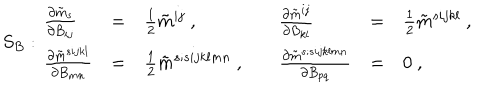
S _ { B } : \begin{array} { l l l l l l } { { \frac { \partial \tilde { m } _ { s } } { \partial B _ { i j } } } } & { { = } } & { { \frac { 1 } { 2 } \tilde { m } ^ { i j } \ , \quad } } & { { \frac { \partial \tilde { m } ^ { i j } } { \partial B _ { k l } } } } & { { = } } & { { \frac { 1 } { 2 } \tilde { m } ^ { s i j k l } \ , \quad } } \\ { { \frac { \partial \tilde { m } ^ { s i j k l } } { \partial B _ { m n } } } } & { { = } } & { { \frac { 1 } { 2 } \tilde { m } ^ { s ; s i j k l m n } \ , \quad } } & { { \frac { \partial \tilde { m } ^ { s ; s i j k l m n } } { \partial B _ { p q } } } } & { { = } } & { { 0 \ , \quad } } \\ \end{array}